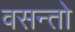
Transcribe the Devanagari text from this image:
वसन्तो